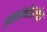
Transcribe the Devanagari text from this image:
इकाइनोडरमेटा